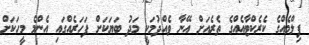
ފިލްމެއްގެ ކެރެކްޓާއެއްގެ ތެރެއަށް އޭނާ ވެއްދުމަކީ މަދު ބަޔަކަށް ފަހަރެއްގައި އެންމެ މީހަކަށް